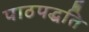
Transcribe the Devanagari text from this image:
पाठपद्धति